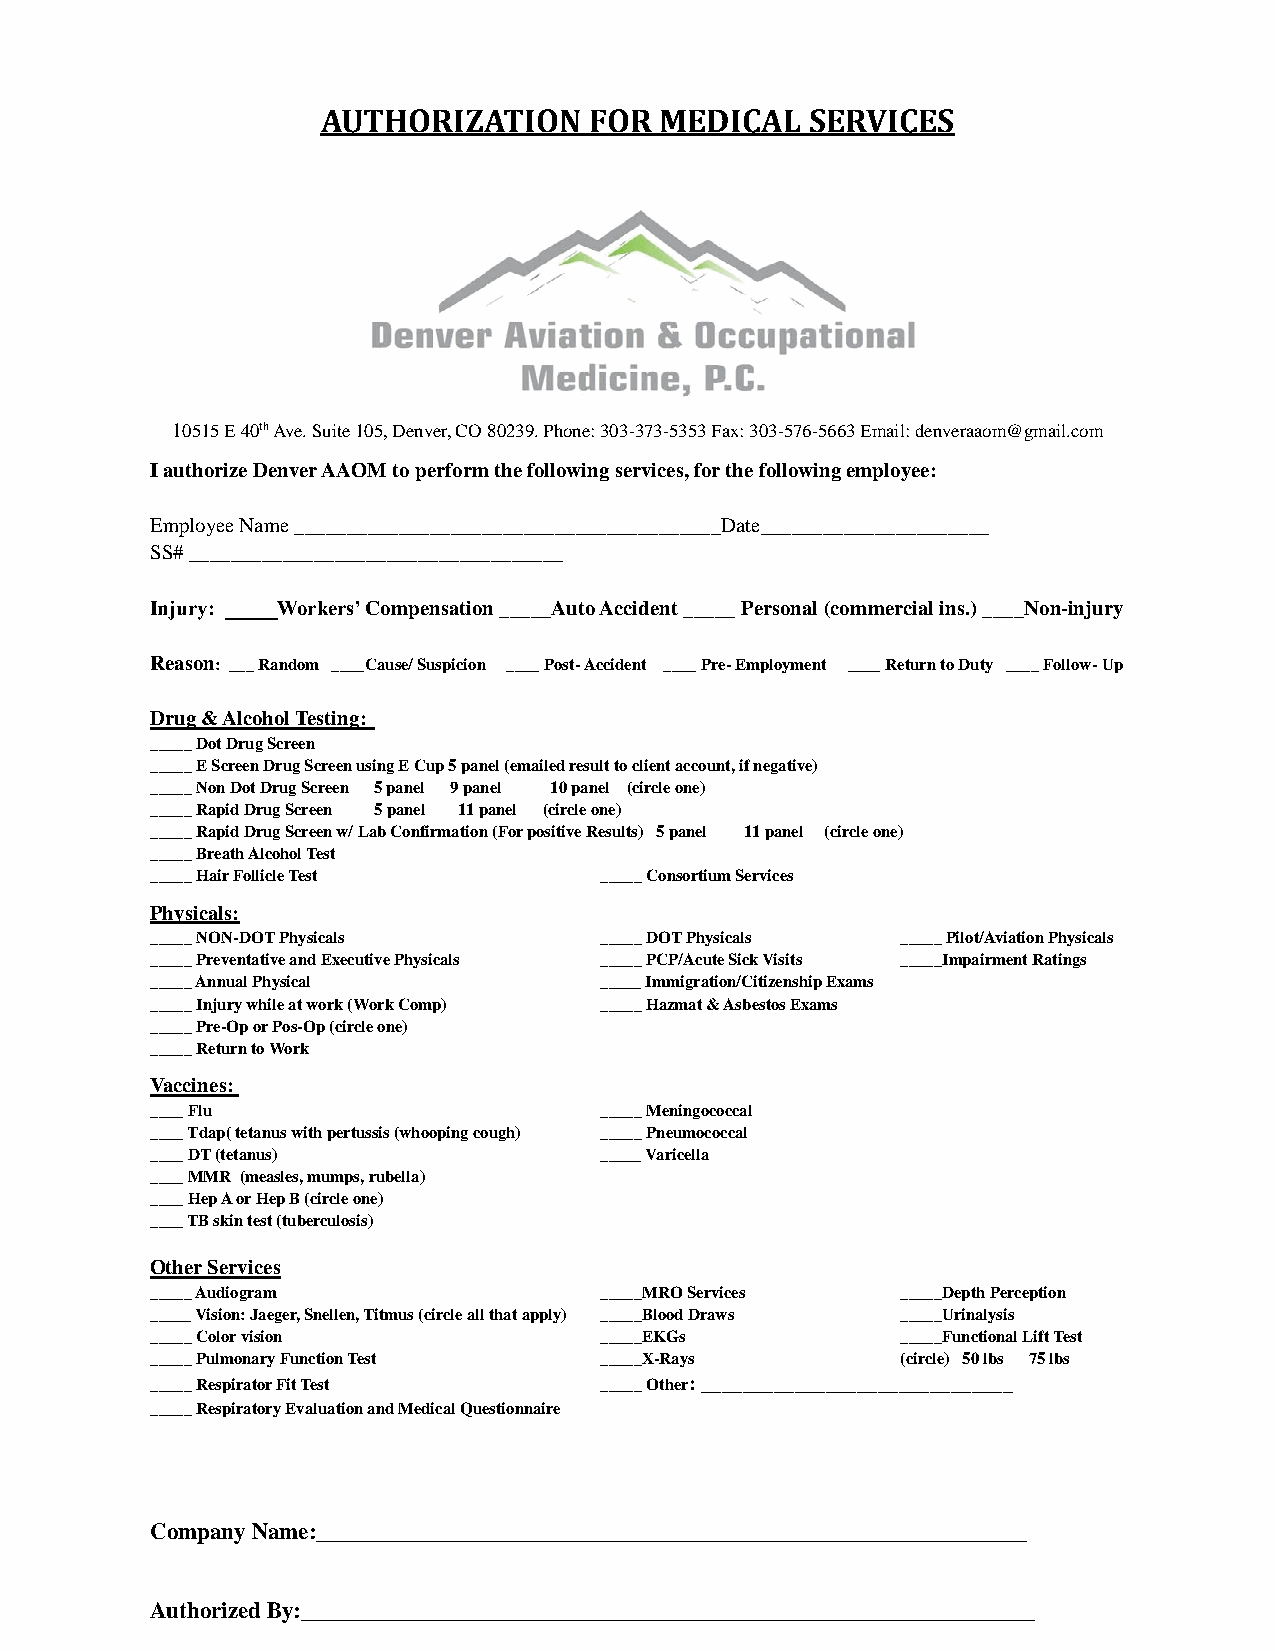
AUTHORIZATION     FOR  MEDICAL   SERVICES
 10515 E 40th Ave. Suite 105, Denver, CO 80239. Phone: 303-373-5353 Fax: 303-576-5663 Email: denveraaom@gmail.com
 I authorize Denver AAOM to perform the following services, for the following employee:
 Employee Name _________________________________________Date______________________
 SS# ____________________________________
 Injury: _____Workers’ Compensation _____Auto Accident _____ Personal (commercial ins.) ____Non-injury
 Reason: ___ Random ____Cause/ Suspicion ____ Post- Accident ____ Pre- Employment ____ Return to Duty ____ Follow- Up
 Drug & Alcohol Testing:
 _____ Dot Drug Screen
 _____ E Screen Drug Screen using E Cup 5 panel (emailed result to client account, if negative)
 _____ Non Dot Drug Screen 5 panel 9 panel 10 panel (circle one)
 _____ Rapid Drug Screen 5 panel 11 panel (circle one)
 _____ Rapid Drug Screen w/ Lab Confirmation (For positive Results) 5 panel 11 panel (circle one)
 _____ Breath Alcohol Test
 _____ Hair Follicle Test      _____ Consortium Services
 Physicals:
 _____ NON-DOT Physicals       _____ DOT Physicals _____ Pilot/Aviation Physicals
 _____ Preventative and Executive Physicals _____ PCP/Acute Sick Visits _____Impairment Ratings
 _____ Annual Physical         _____ Immigration/Citizenship Exams
 _____ Injury while at work (Work Comp) _____ Hazmat & Asbestos Exams
 _____ Pre-Op or Pos-Op (circle one)
 _____ Return to Work
 Vaccines:
 ____ Flu                      _____ Meningococcal
 ____ Tdap( tetanus with pertussis (whooping cough) _____ Pneumococcal
 ____ DT (tetanus)             _____ Varicella
 ____ MMR (measles, mumps, rubella)
 ____ Hep A or Hep B (circle one)
 ____ TB skin test (tuberculosis)
 Other Services
 _____ Audiogram               _____MRO Services   _____Depth Perception
 _____ Vision: Jaeger, Snellen, Titmus (circle all that apply) _____Blood Draws _____Urinalysis
 _____ Color vision            _____EKGs           _____Functional Lift Test
 _____ Pulmonary Function Test _____X-Rays         (circle) 50 lbs 75 lbs
 _____ Respirator Fit Test     _____ Other: ______________________________
 _____ Respiratory Evaluation and Medical Questionnaire
 Company Name:______________________________________________________________
 Authorized By:________________________________________________________________